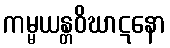
ကမ္မယန္တဝိဃာဋနော